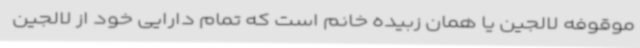
موقوفه لالجین یا همان زبیده خانم است که تمام دارایی خود از لالجین